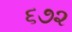
૬૭૨